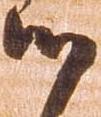
候